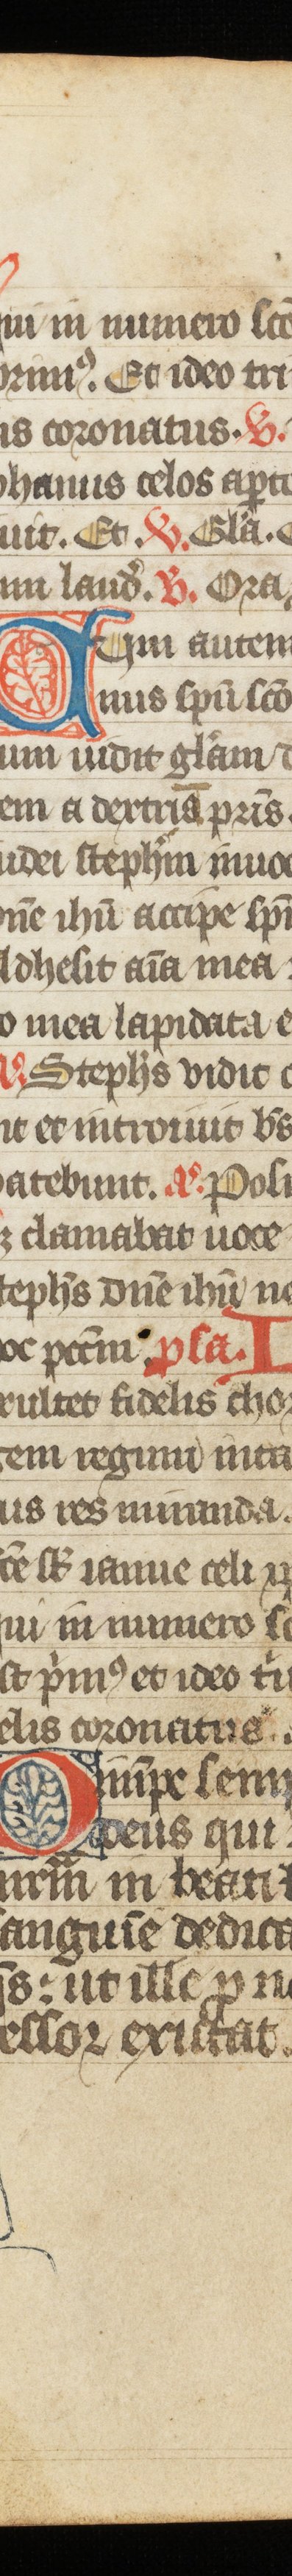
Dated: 1385–1415